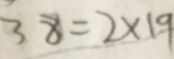
3 8 = 2 \times 1 9